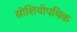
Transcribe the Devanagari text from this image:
सोशियोपथिक